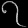
Digit: ၇